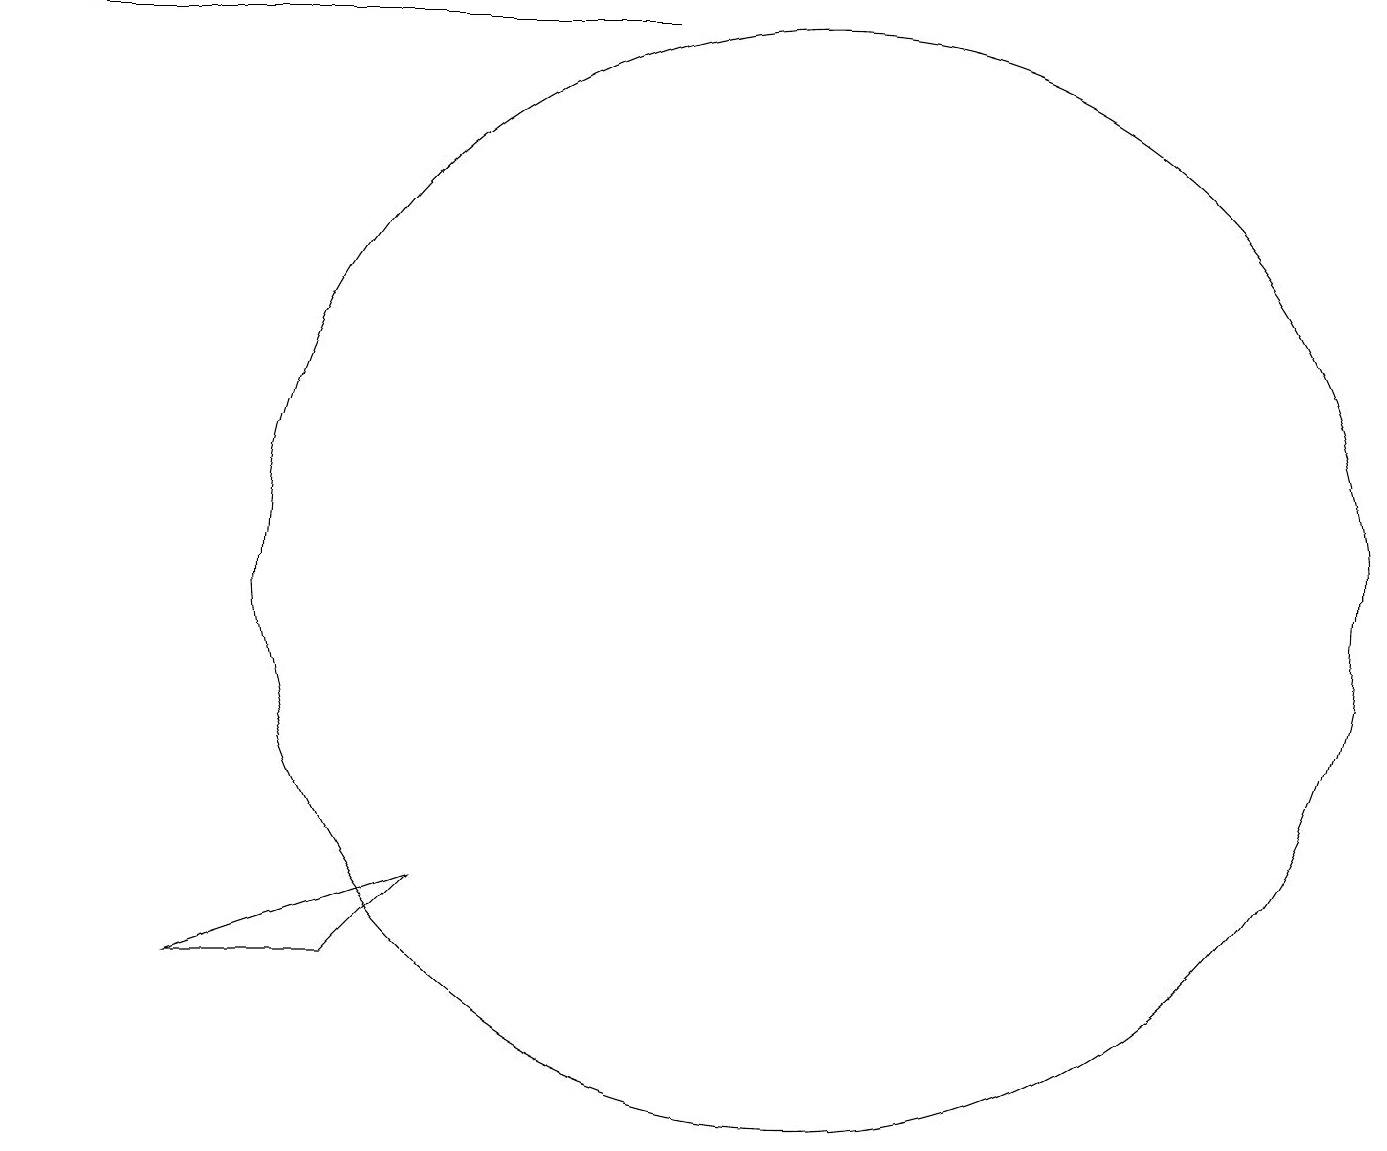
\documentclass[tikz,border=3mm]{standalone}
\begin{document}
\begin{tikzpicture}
\draw (8,17) rectangle (0,17);
\draw (10,10) circle (7);
\draw (2,5) -- (4,5) -- (5,6) -- cycle;
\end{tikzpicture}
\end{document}